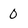
Character: 0